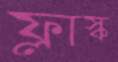
ফ্লাস্ক